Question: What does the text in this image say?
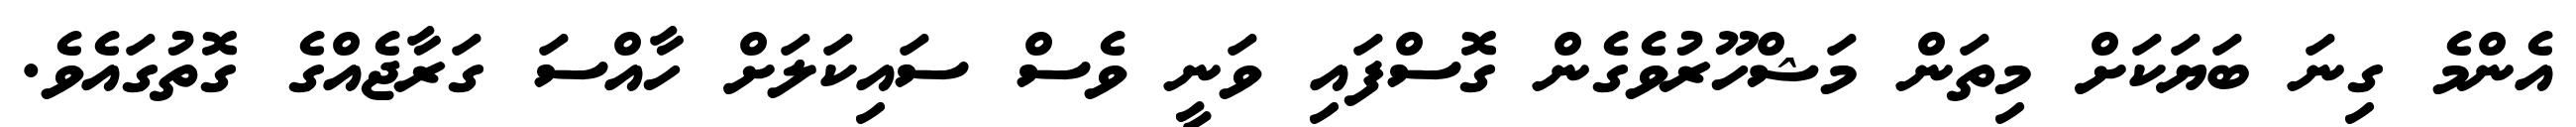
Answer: އެންމެ ގިނަ ބަޔަކަށް މިތަން މަޝްހޫރުވެގެން ގޮސްފައި ވަނީ ވެސް ސައިކަލަށް ހާއްސަ ގަރާޖެއްގެ ގޮތުގައެވެ.